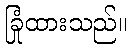
ခြုံထားသည်။